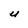
Character: U